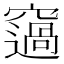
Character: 䆼